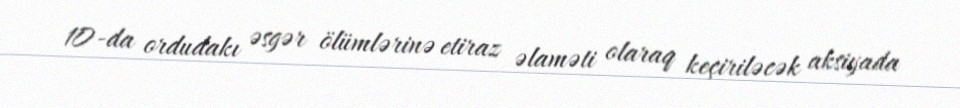
10-da ordudakı əsgər ölümlərinə etiraz əlaməti olaraq keçiriləcək aksiyada